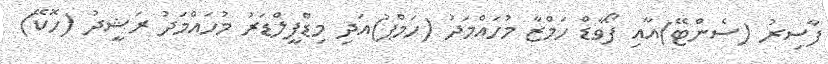
ފާސިރު (ސެންޓޭ)އާއި ފޯވާޑް ހަމްޒާ މުހައްމަދު (ހަމްޕު)އަދި މިޑްފީލްޑަރު މުހައްމަދު ރަޝީދު (ހޮކޭ)